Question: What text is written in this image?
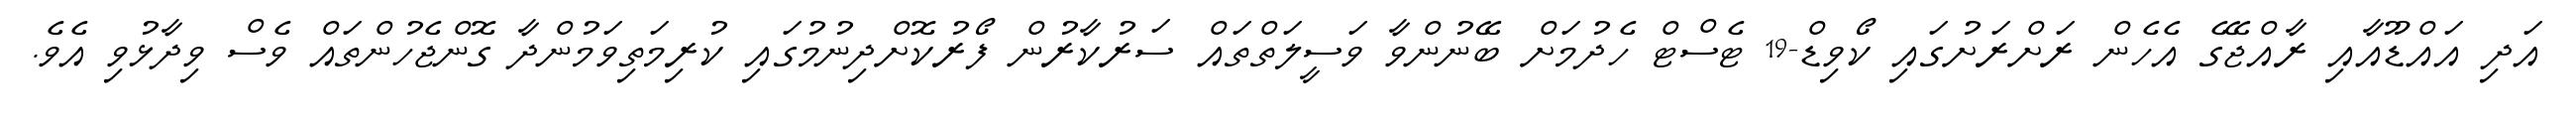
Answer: އަދި އައްޑޫއާއި ރާއްޖޭގެ އެހެން ރަށްރަށުގައި ކޯވިޑް-19 ޓެސްޓް ހެދުމަށް ބޭނުންވާ ވަސީލަތްތައް ސަރުކާރުން ފޯރުކޮށްދިނުމުގައި ކުރިމަތިވަމުންދާ ގޮންޖެހުންތައް ވެސް ވިދާޅުވި އެވެ.